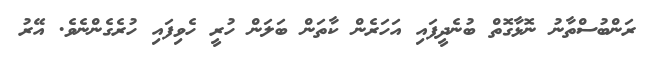
ރަންބުސްތާނު ނޮޅާގޮތް ބުނެދީފައި އަހަރެން ކާތަން ބަލަން ހުރީ ހެވިފައި ހުރެގެންނެވެ. އޭރު